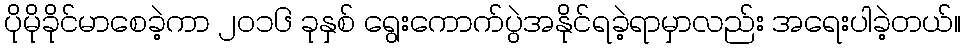
ပိုမိုခိုင်မာစေခဲ့ကာ ၂၀၁၆ ခုနှစ် ရွေးကောက်ပွဲအနိုင်ရခဲ့ရာမှာလည်း အရေးပါခဲ့တယ်။